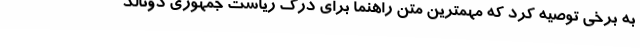
به برخی توصیه کرد که مهمترین متن راهنما برای درک ریاست جمهوری دونالد